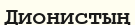
Дионистың